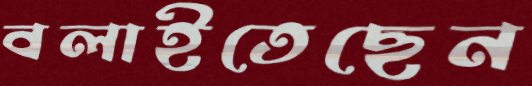
বলাইতেছেন